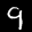
Label: 9